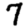
Digit: 7